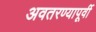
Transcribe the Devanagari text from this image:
अवतरण्यापूर्वी